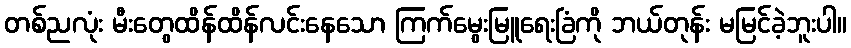
တစ်ညလုံး မီးတွေထိန်ထိန်လင်းနေသော ကြက်မွေးမြူရေးခြံကို ဘယ်တုန်း မမြင်ခဲ့ဘူးပါ။